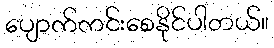
ပျောက်ကင်းစေနိုင်ပါတယ်။